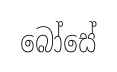
බෝසේ